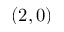
( 2 , 0 )